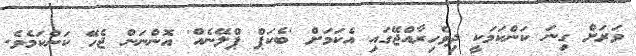
ވަރަށް ގިނަ ކަންކަމަކީ ދިވެހިރާއްޖޭގައި އެކަމަށް 'ބެކަޕް ޕްލޭނެއް' އޮންނަން ޖެހޭ ކަންކަމެވެ.